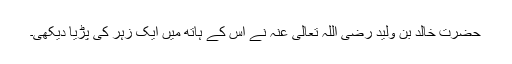
حضرت خالد بن ولید رضی اللہ تعالیٰ عنہ نے اس کے ہاتھ میں ایک زہر کی پڑیا دیکھی۔